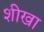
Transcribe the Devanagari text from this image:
शीखा